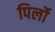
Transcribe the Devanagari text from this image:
पिर्लो